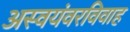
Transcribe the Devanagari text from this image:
अस्वयंवरविवाह